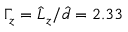
\Gamma _ { z } = \hat { L } _ { z } / \hat { d } = 2 . 3 3